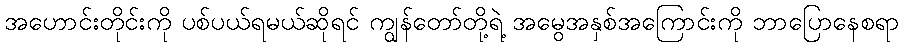
အဟောင်းတိုင်းကို ပစ်ပယ်ရမယ်ဆိုရင် ကျွန်တော်တို့ရဲ့ အမွေအနှစ်အကြောင်းကို ဘာပြောနေစရာ